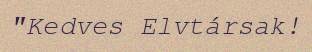
"Kedves Elvtársak!